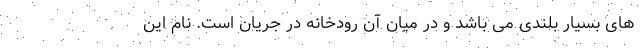
های بسیار بلندی می باشد و در میان آن رودخانه در جریان است. نام این